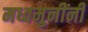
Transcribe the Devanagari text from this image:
मध्वमुनींनी